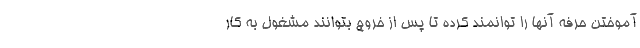
آموختن حرفه آنها را توانمند کرده تا پس از خروج بتوانند مشغول به کار